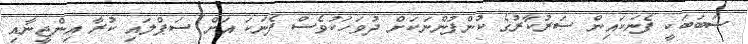
ސަބަބަކީ ފެނަކައިން ސަރުކާރުގެ ކުންފުންނަކަށް ދުވަހަކުވެސް ފެނަކަ އަށް ސަޕްލައި ކުރާ އިންޖީނާއި